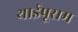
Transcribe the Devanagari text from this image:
थाईपूसम